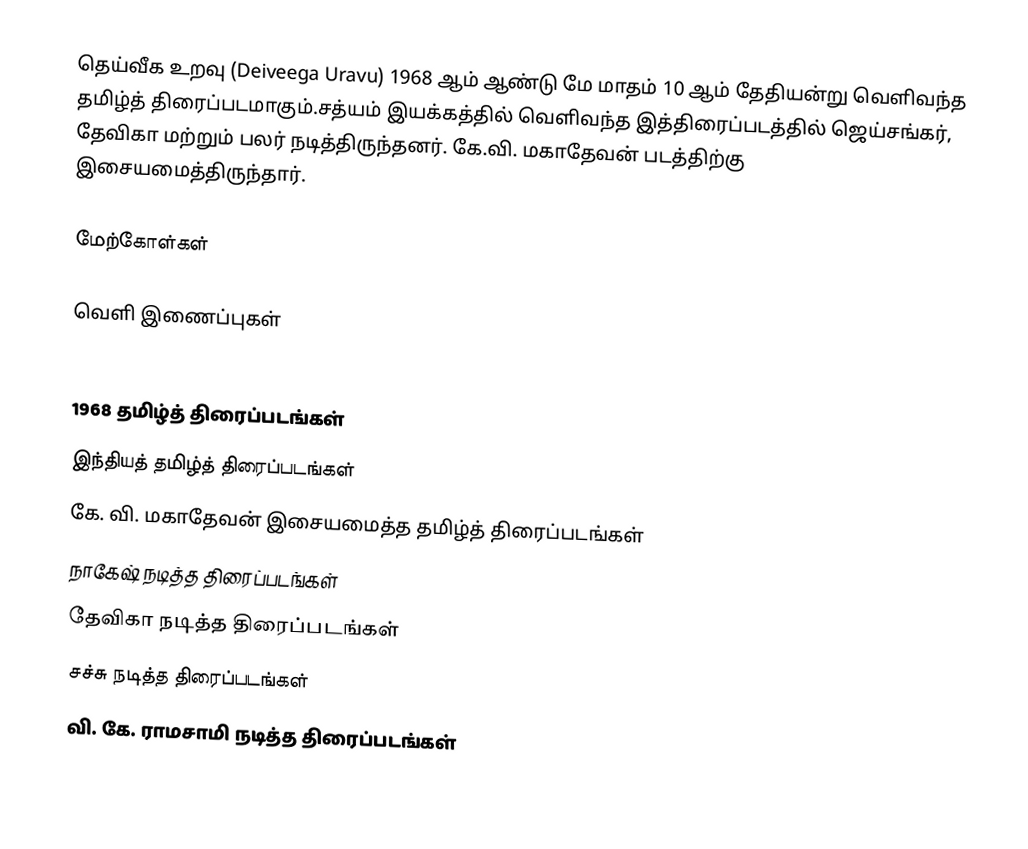
தெய்வீக உறவு (Deiveega Uravu) 1968 ஆம் ஆண்டு மே மாதம் 10 ஆம் தேதியன்று வெளிவந்த தமிழ்த் திரைப்படமாகும்.சத்யம் இயக்கத்தில் வெளிவந்த இத்திரைப்படத்தில் ஜெய்சங்கர், தேவிகா மற்றும் பலர் நடித்திருந்தனர். கே.வி. மகாதேவன் படத்திற்கு இசையமைத்திருந்தார்.

மேற்கோள்கள்

வெளி இணைப்புகள்

1968 தமிழ்த் திரைப்படங்கள்
இந்தியத் தமிழ்த் திரைப்படங்கள்
கே. வி. மகாதேவன் இசையமைத்த தமிழ்த் திரைப்படங்கள்
நாகேஷ் நடித்த திரைப்படங்கள்
தேவிகா நடித்த திரைப்படங்கள்
சச்சு நடித்த திரைப்படங்கள்
வி. கே. ராமசாமி நடித்த திரைப்படங்கள்